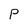
Character: P